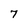
Character: 7